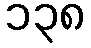
၁၃၈